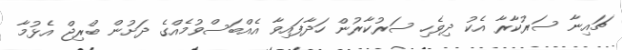
ޗައިނާ ސަރުކާރާ އެކު ދިވެހި ސަރުކާރުން ހަދާފައިވާ އެއްބަސްވުމެއްގެ ދަށުން ބްރިޖް އެޅުމާ